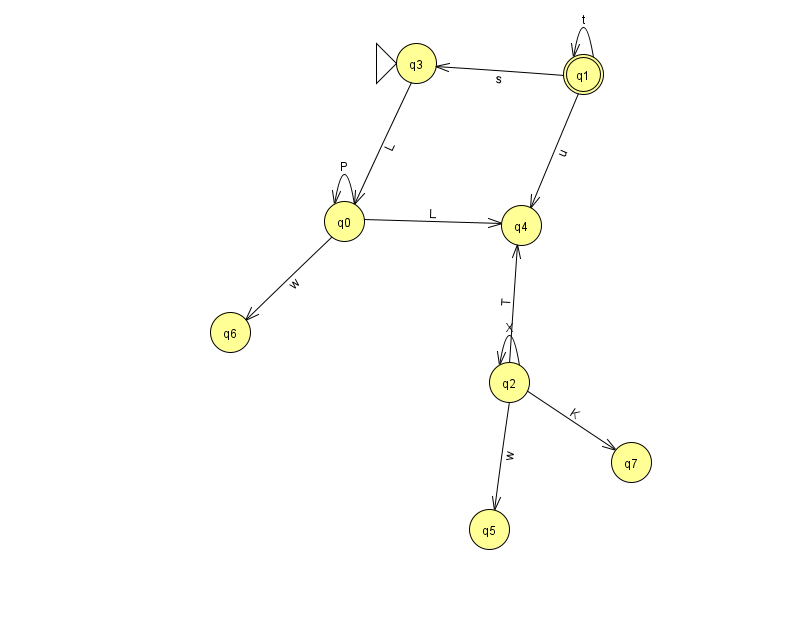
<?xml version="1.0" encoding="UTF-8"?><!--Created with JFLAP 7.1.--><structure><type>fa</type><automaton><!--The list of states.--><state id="0" name="q0"><x>344.0</x><y>208.0</y></state><state id="1" name="q1"><x>583.0</x><y>61.0</y><final/></state><state id="2" name="q2"><x>509.0</x><y>369.0</y></state><state id="3" name="q3"><x>416.0</x><y>50.0</y><initial/></state><state id="4" name="q4"><x>521.0</x><y>212.0</y></state><state id="5" name="q5"><x>489.0</x><y>516.0</y></state><state id="6" name="q6"><x>230.0</x><y>319.0</y></state><state id="7" name="q7"><x>631.0</x><y>449.0</y></state><!--The list of transitions.--><transition><from>0</from><to>0</to><read>P</read></transition><transition><from>0</from><to>4</to><read>L</read></transition><transition><from>2</from><to>5</to><read>w</read></transition><transition><from>1</from><to>1</to><read>t</read></transition><transition><from>1</from><to>3</to><read>s</read></transition><transition><from>1</from><to>4</to><read>u</read></transition><transition><from>2</from><to>7</to><read>K</read></transition><transition><from>2</from><to>4</to><read>T</read></transition><transition><from>3</from><to>0</to><read>L</read></transition><transition><from>2</from><to>2</to><read>X</read></transition><transition><from>0</from><to>6</to><read>w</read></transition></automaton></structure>